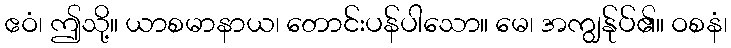
ဧဝံ၊ ဤသို့။ ယာစမာနာယ၊ တောင်းပန်ပါသော။ မေ၊ အကျွန်ုပ်၏။ ဝစနံ၊